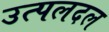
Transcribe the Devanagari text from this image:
उत्पलदल